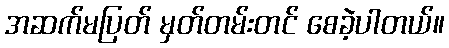
အဆက်မပြတ် မှတ်တမ်းတင် စေခဲ့ပါတယ်။